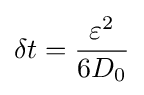
\delta t={\frac {\varepsilon ^{2}}{6D_{0}}}